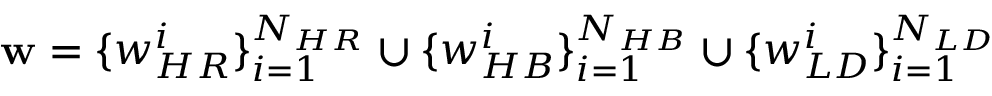
\mathbf { w } = \{ w _ { H R } ^ { i } \} _ { i = 1 } ^ { N _ { H R } } \cup \{ w _ { H B } ^ { i } \} _ { i = 1 } ^ { N _ { H B } } \cup \{ w _ { L D } ^ { i } \} _ { i = 1 } ^ { N _ { L D } }